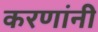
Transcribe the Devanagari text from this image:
करणांनी